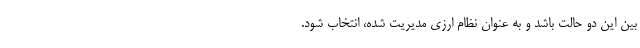
بین این دو حالت باشد و به عنوان نظام ارزی مدیریت شده، انتخاب شود.